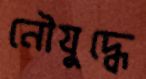
নৌযুদ্ধে